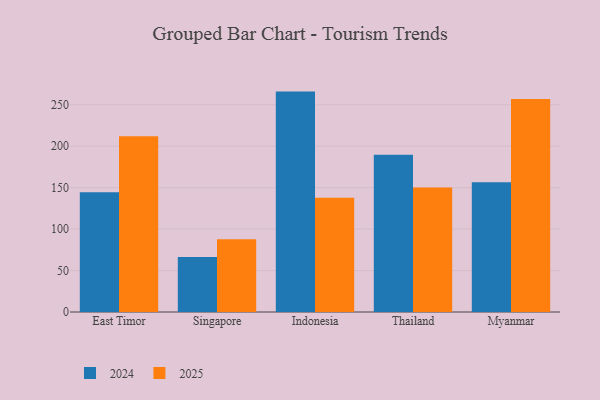
{"axis": {"x": "Country", "y": "Customer Acquisition Cost (USD)"}, "legend": ["2024", "2025"], "data": [{"x": "East Timor", "y": 212.1, "type": "2025"}, {"x": "East Timor", "y": 144.4, "type": "2024"}, {"x": "Singapore", "y": 87.7, "type": "2025"}, {"x": "Singapore", "y": 66.3, "type": "2024"}, {"x": "Indonesia", "y": 137.7, "type": "2025"}, {"x": "Indonesia", "y": 265.9, "type": "2024"}, {"x": "Thailand", "y": 150.1, "type": "2025"}, {"x": "Thailand", "y": 189.8, "type": "2024"}, {"x": "Myanmar", "y": 257.1, "type": "2025"}, {"x": "Myanmar", "y": 156.4, "type": "2024"}]}